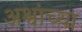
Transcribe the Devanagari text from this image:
अश्वांच्या